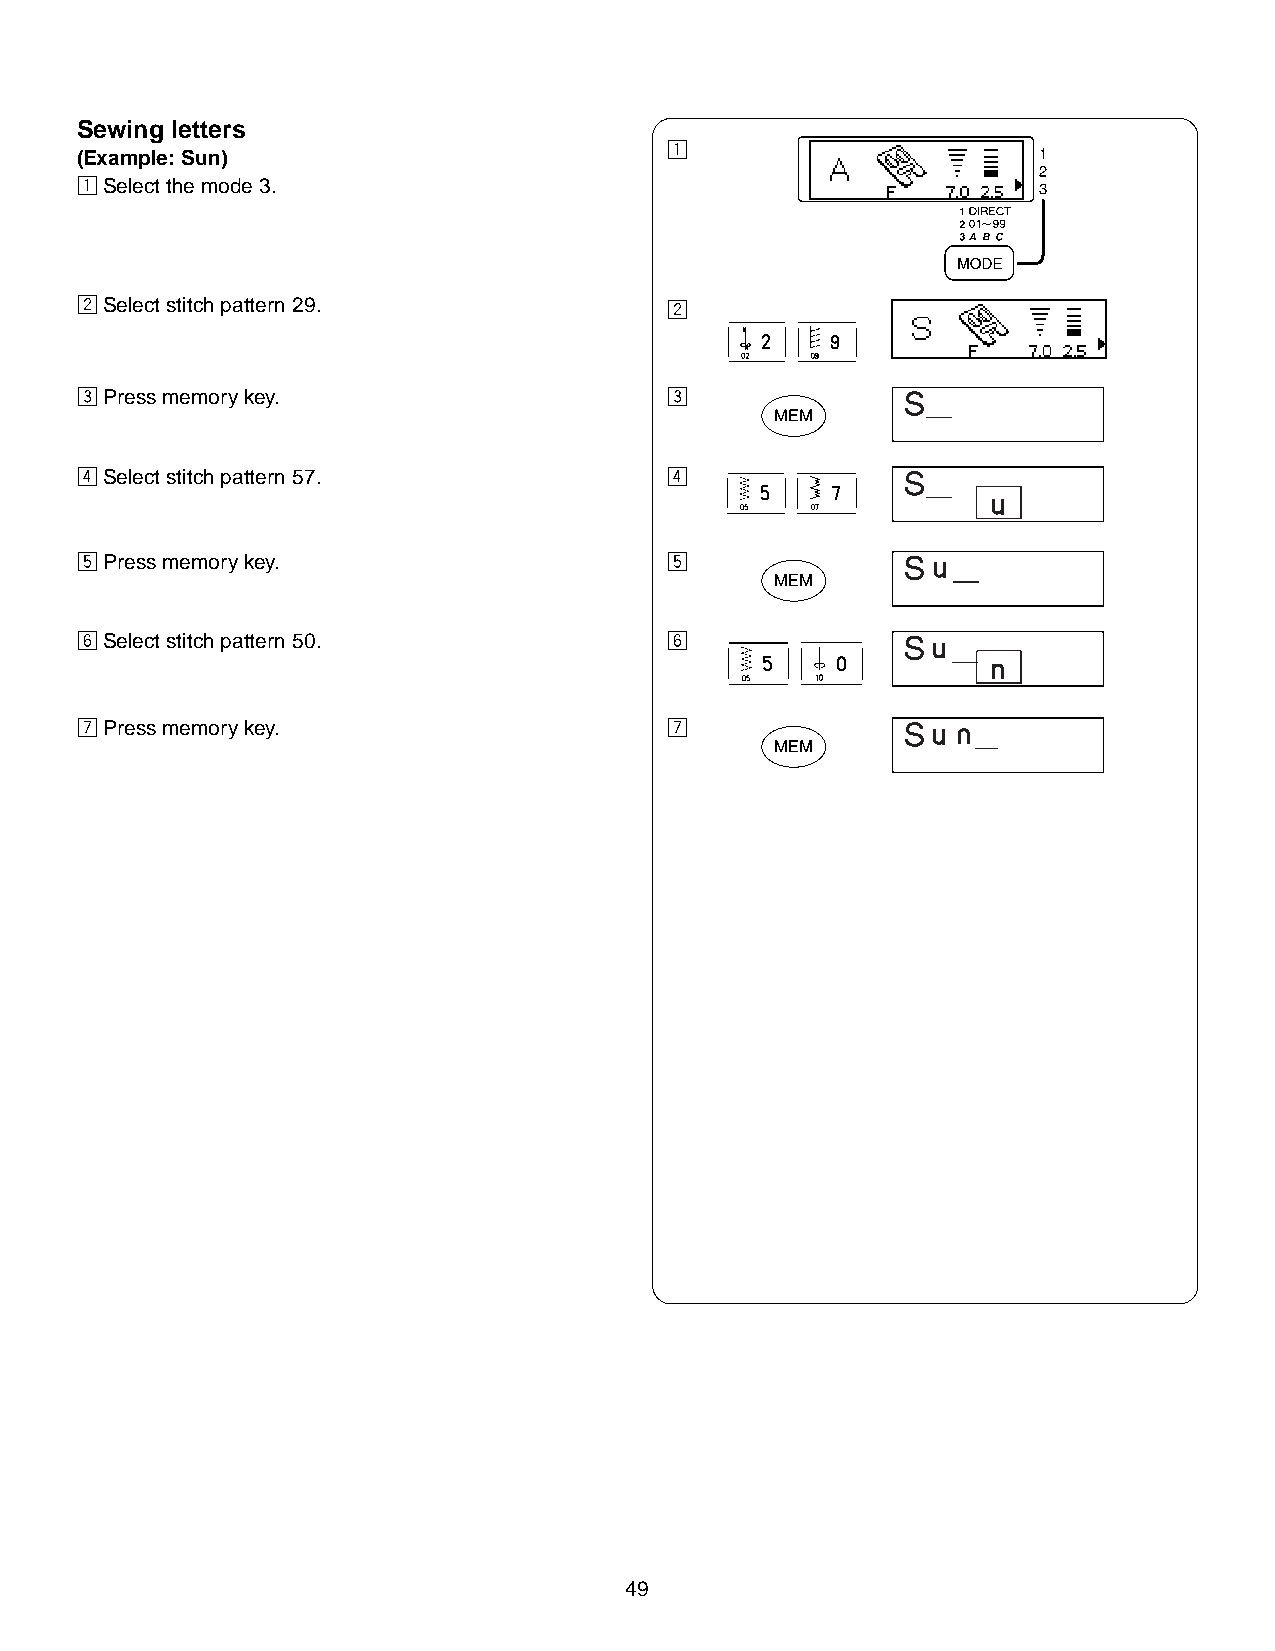
Sewing letters
 z
 (Example: Sun)
 zSelect the mode 3.
 xSelect stitch pattern 29.             x
 cPress memory key.                     c
 vSelect stitch pattern 57.             v
 bPress memory key.                     b
 nSelect stitch pattern 50.             n
 mPress memory key.                     m
 49